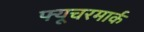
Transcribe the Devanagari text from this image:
फ्यूचरमार्क